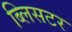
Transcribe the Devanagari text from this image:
ब्लिसटर